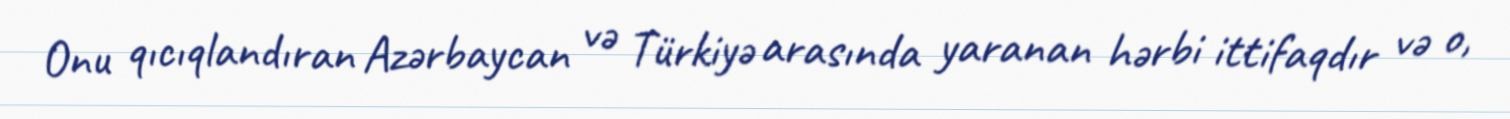
Onu qıcıqlandıran Azərbaycan və Türkiyə arasında yaranan hərbi ittifaqdır və o,